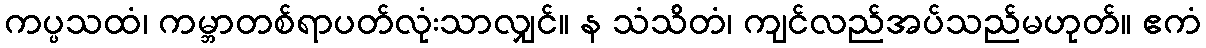
ကပ္ပသထံ၊ ကမ္ဘာတစ်ရာပတ်လုံးသာလျှင်။ န သံသိတံ၊ ကျင်လည်အပ်သည်မဟုတ်။ ဧကံ